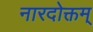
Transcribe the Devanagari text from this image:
नारदोक्तम्